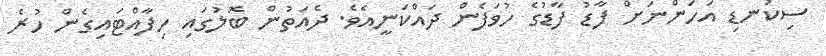
ސިކުނޑި އަހަންނަށް ފާޑު ފާޑުގެ ހުވަފެން ދައްކަނީއެވެ. ދެއަތުން ބޮލުގައި ހިފާއްޓައިގެން ހުރެ